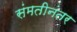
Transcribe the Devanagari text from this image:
संमतीनंतर